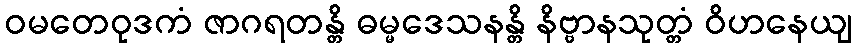
ဝမတေဝုဒကံ ဇာဂရတန္တိ ဓမ္မဒေသနန္တိ နိဗ္ဗာနသုတ္တံ ဝိဟနေယျ